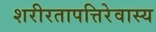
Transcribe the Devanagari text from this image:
शरीरतापत्तिरेवास्य